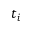
t _ { i }